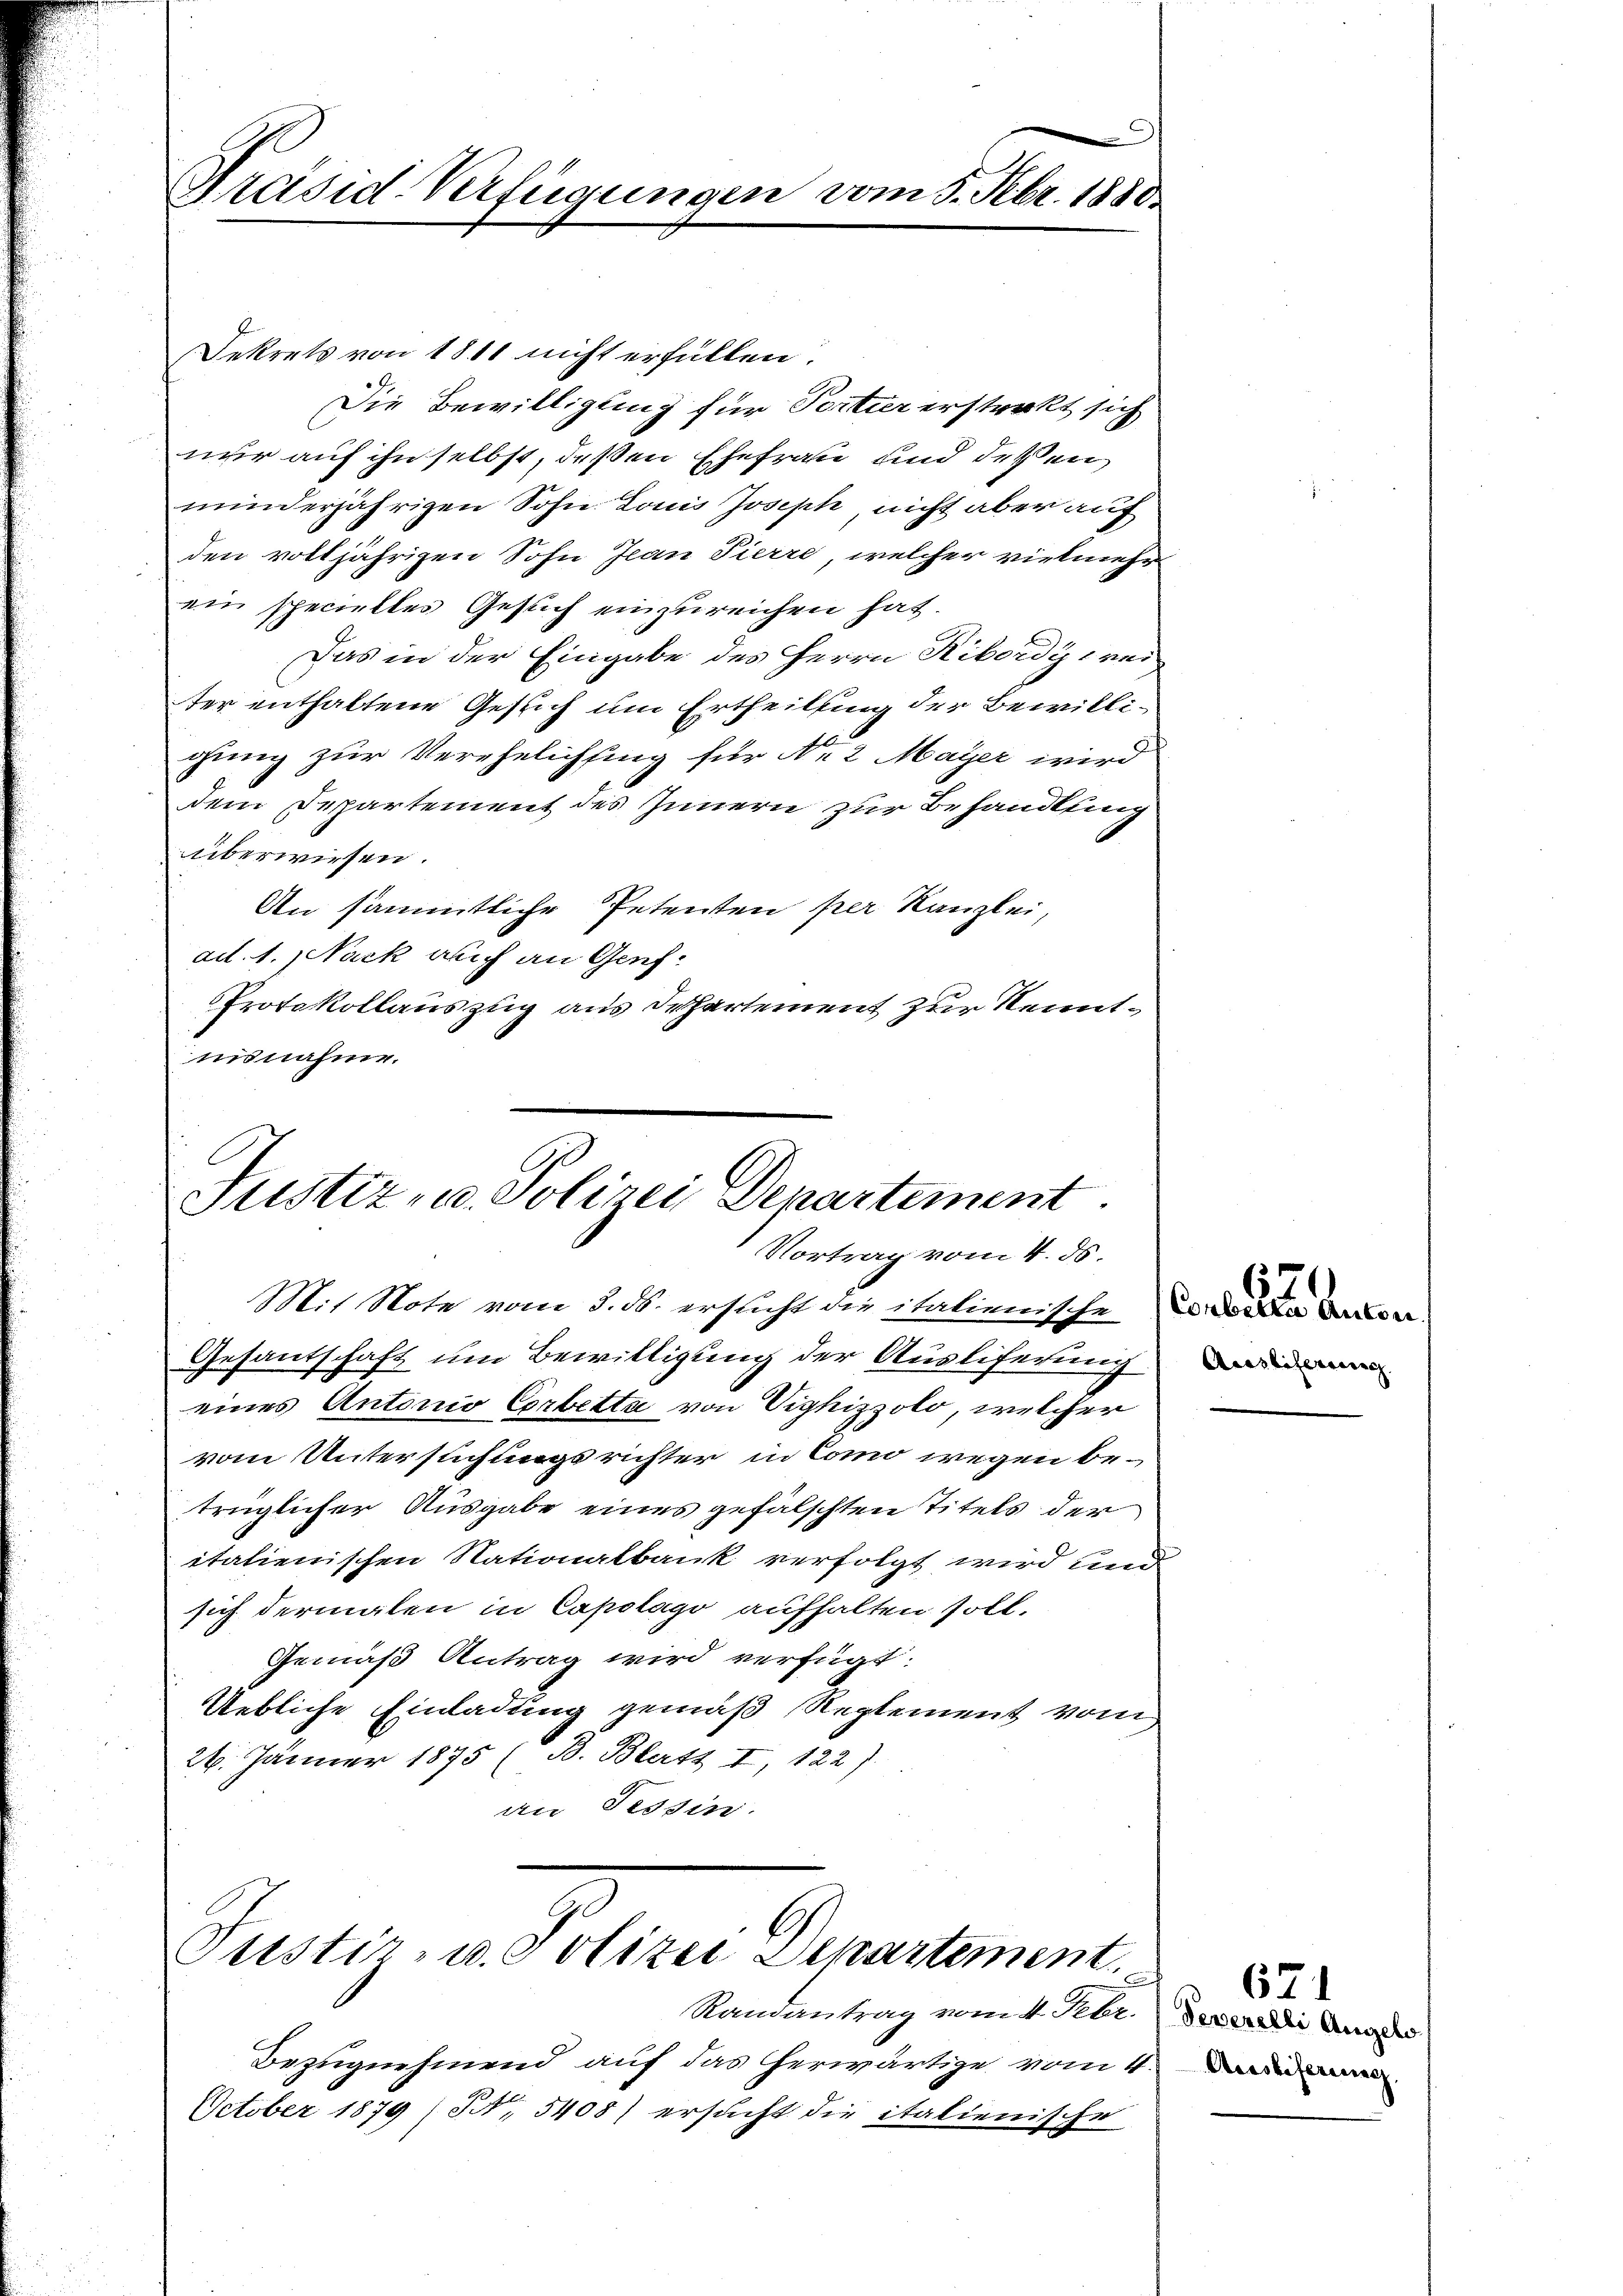
Präsid-Verfügungen vom 5. Febr. 1880.

Dekrets von 1811 nicht erfüllen.
Die Bewilligung für Portir ersterkt sich
nur auf ihn selbst, deßen Ehefrau und deßen
minderjährigen Sohn Louis Joseph nicht aber auf
den volljährigen Sohn Jean Pierre, welcher vielmehr
ein specielles Gesuch einzureichen hat.
Das in der Eingabe des Herrn Ribordy weiter enthaltene Gesuch um Ertheilung der Bewilligung zur Verehelichsing für No 2 Maÿer wird
dem Departement des Innern zur Behandlung
überwiesen.
An sämmtliche Petenten per Kanzlei,
ad. 1. Nack auch an Genf.
Protokollauszug aus Departement zur Kenntuisnahme.

Justiz- u. Polizei Departement.
Vortrag vom 4. ds.
Mit Note vom 3. ds. ersucht die italienische er derse

Gesantschaft um Bewilligung der Auslieferung
eines Antonio Corbette von Viehizzolo, welcher
vom Untersuchungsrichter in Como wegen betrüglicher Ausgabe eines gefälschten Titels der
italienischen Nationalbank verfolgt wird und
sich dermalen in Capotago aufhalten soll.
Gemäß Antrag wird verfügt:
Uebliche Einladung gemäß Reglement vom
26. Jänner 1875 (B. Blatt I, 122)
an Tessin.

Justiz- u. Polizei Departement.

Randantrag vom 4. Febr. dererlei Angeko
Bezugnehmend auf das herwärtige vom 4.
October 1879 (S. 5400) ersucht die italienische

Auslieferung

671
Austiferinne.